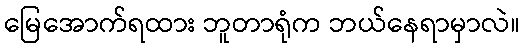
မြေအောက်ရထား ဘူတာရုံက ဘယ်နေရာမှာလဲ။